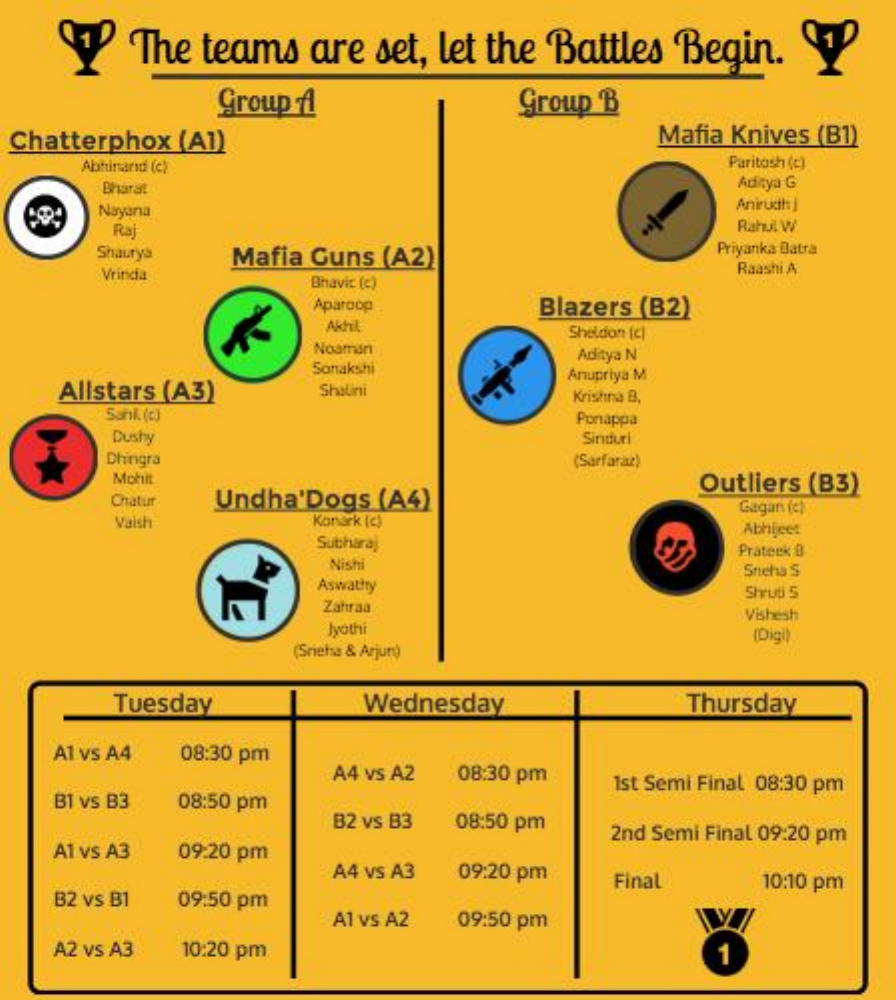
The teams are set, let the Battles Begin.
     Group A    Group B
  Chatterphox (A1)    Mafia Knives (B1)
     Abhinand (c)    Paritash (e)
     Bharat    Aditya G
     Nayanıa    Anirudh ]
     Raj    Rahul W
     Shaurya Mafia Guns (A2)    Priyanka Batra
     Vrincia
     Bhavit (c)
     Raashi A
     Aparoop    Blazers (B2)
     Akhil    Sheldon (c)
     Noamari    Aditya N
     Sonakshi
   Allstars (A3)
     Anupriya M
     Shalini    Kristine B,
     Sahi. (c)    Ponappa
     Dushy    Sinduri
     Chingra    (Sarfaraz)
     Mohit
     Chatur Undha'Dogs (A4)
     Outliers (B3)
     Gagan (e)
     Vaish    Konark (c)
     Sutharaj
     Nishi
     Prateek B
     Aswattry
     Sneha S
     Shruti 5
     Zahraa
     Jyathi
     Vishesh
     (Snieha & Arjun)
     (Digi)
     Tuesday    Wednesday    Thursday
   Al vs A4 08:30 pm
     A4 vs A2 08:30 pm
   BT vs B3 08:50 pm
     Ist Semi Final 08:30 pm
     B2 vs B3 08:50 pm 2nd Semi Final 09:20 pm
   Al vs A3 09:20 pm
     A4 vs A3 09:20 pm Final
   B2 vs B1 09:50 pm
     10:10 pm
     Al vs A2 09:50 pm
   A2 vs A3 10:20 pm